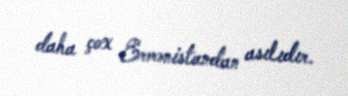
daha çox Ermənistandan asılıdır.